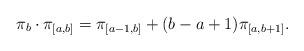
LaTeX: \begin{align*}\pi_b \cdot \pi_{[a,b]} = \pi_{[a-1,b]}+ (b-a+1)\pi_{[a,b+1]} .\end{align*}